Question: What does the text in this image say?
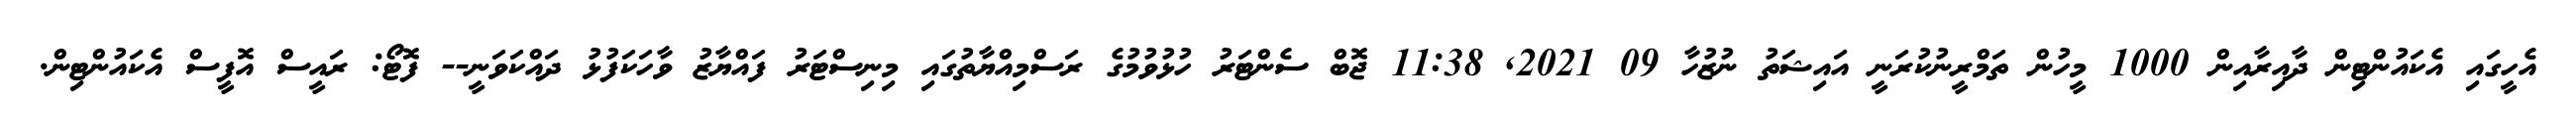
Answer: އެހީގައި އެކައުންޓިން ދާއިރާއިން 1000 މީހުން ތަމްރީނުކުރަނީ އައިޝަތު ނުޒުހާ 09 2021, 11:38 ޖޮބް ސެންޓަރު ހުޅުވުމުގެ ރަސްމިއްޔާތުގައި މިނިސްޓަރު ފައްޔާޒު ވާހަކަފުޅު ދައްކަވަނީ-- ފޮޓޯ: ރައީސް އޮފީސް އެކައުންޓިން.